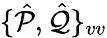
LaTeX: \{ \hat{\mathcal{P}},\hat{\mathcal{Q}}\} _{vv}